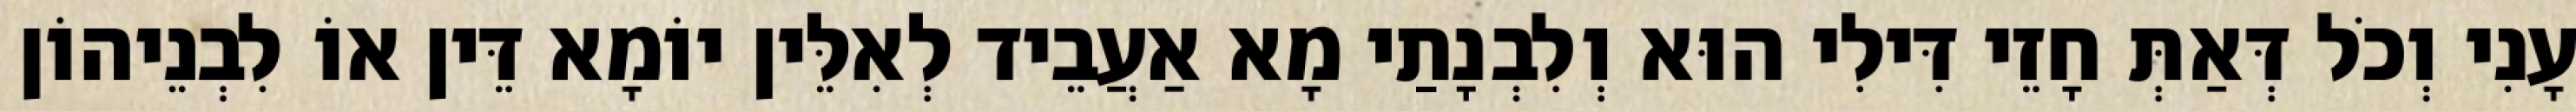
עָנִי וְכֹל דְּאַתְּ חָזֵי דִּילִי הוּא וְלִבְנָתַי מָא אַעֲבֵיד לְאִלֵּין יוֹמָא דֵּין אוֹ לִבְנֵיהוֹן